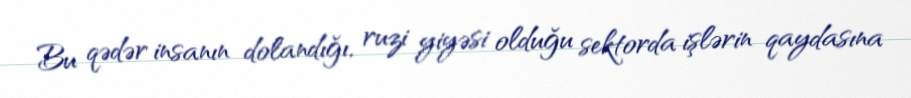
Bu qədər insanın dolandığı, ruzi yiyəsi olduğu sektorda işlərin qaydasına